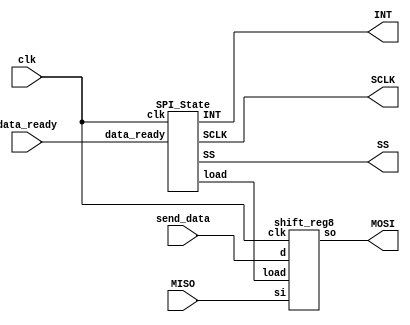
// Oregon Institute of Technology 
// Design Name: SPI
// Module Name: SPI 
// Project Name: CST 351  Lab 2.4
// Target Devices: EPM2210F324C3N
// Description: basic SPI interface for outputing data
// sends data on the negative edge of the clock and samples on the positive edge

module SPI(
input		MISO,
output		MOSI,
output		SS,
output		SCLK,
input		clk,
input		data_ready,
output		INT,
input[7:0]	send_data
);
wire 		load_w;

shift_reg8 U0(
.d(send_data),
.so(MOSI),
.load(load_w),
.clk(clk),
.si(MISO));

SPI_State U1(
.clk(clk),
.SS(SS),
.SCLK(SCLK),
.load(load_w),
.data_ready(data_ready),
.INT(INT));


endmodule
// Oregon Institute of Technology 
// Design Name: SPI
// Module Name: SPI_State 
// Project Name: CST 351  Lab 2.4
// Target Devices: EPM2210F324C3N
// Description: state machine for sending serial data
// Idle provides the intial state, 
// load sets the SS and tells the shift register to load
// shifting occurs 9 times to compleatly shift out the data
// then the state machine waits for a keypress
// upon a key press data is shifted out unitl the end of dat has been reached
module SPI_State(
input		clk,
output reg	SS,
output reg	SCLK,
output reg	load,
input		data_ready,
output reg 	INT);

parameter	[1:0]	IDLE = 2'd0,
					LOAD = 2'd1,
					SHIFT= 2'd2,
					WAIT = 2'd3;
reg [1:0] 	state;
reg [3:0]	count;
always @ (posedge clk)
begin
	case(state)
	IDLE:
	begin
		count = 0;
		if(data_ready)begin state = LOAD; end
		else begin state = state; end
	end
	LOAD:
	begin 
		state = SHIFT; count = 0;
	end
	SHIFT:
	begin
		if(~count[3])begin count = count + 1; state = state; end
		else begin state = WAIT; end
	end
	WAIT:begin count = 8; state = IDLE; end
	default:begin state = IDLE; count = 0; end
	endcase
end
always @ (*)
begin
	case(state)
	IDLE:	{load,SS,INT,SCLK} = 4'b0111;
	LOAD:	{load,SS,INT,SCLK} = 4'b1001;
	SHIFT:	{load,SS,INT,SCLK} ={3'b000,clk};
	WAIT: 	{load,SS,INT,SCLK} = 4'b0001;
	default:{load,SS,INT,SCLK} = 4'b0101;
	endcase
end
endmodule
// Oregon Institute of Technology 
// Design Name: SPI
// Module Name: shift_reg8 
// Project Name: CST 351  Lab 2.4
// Target Devices: EPM2210F324C3N
// Description: basic 8 bit shift register with synchonus load
module shift_reg8(
input [7:0] 	d,
output reg		so,
input 			load,
				clk,
				si
);
reg [7:0]tmp;
always @(negedge clk)
	begin
		so = tmp[7];
		if (load)begin tmp = d;end
		else begin tmp = {tmp[6:0], 1'b0};end
	end
endmodule